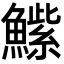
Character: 𮬒